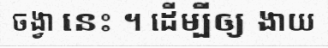
ចង្វា នេះ ។ ដើម្បីឲ្យ ងាយ